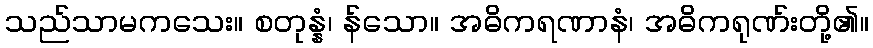
သည်သာမကသေး။ စတုန္နံ၊ န်သော။ အဓိကရဏာနံ၊ အဓိကရုဏ်းတို့၏။